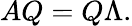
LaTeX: AQ=Q\Lambda.